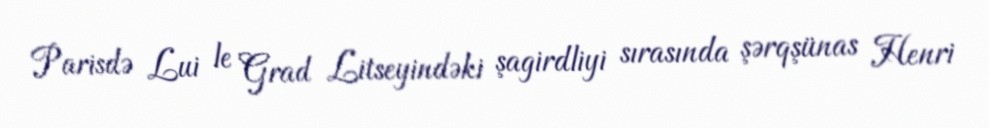
Parisdə Lui le Grad Litseyindəki şagirdliyi sırasında şərqşünas Henri